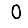
Digit: 0